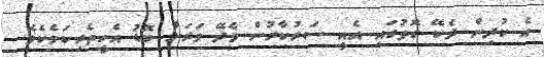
އެ ކުދިން ދެކޭ ގޮތުގައި އެއީ ސަރުކާރުން ވެދޭ ވަރަށް ބޮޑު އެހީތެރިކަމެކެވެ.